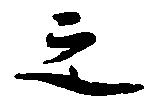
之